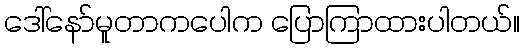
ဒေါ်နော်မူတာကပေါက ပြောကြာထားပါတယ်။